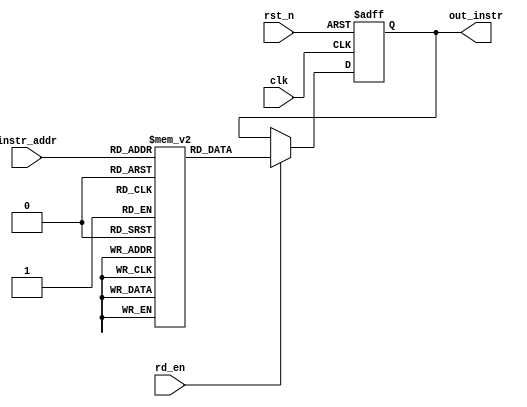
`timescale 1ns/1ps

module instr_mem
#
(	
	parameter ADDR_NUM = 128,
	parameter ADDR_WIDTH = $clog2(ADDR_NUM),
	parameter OUTPUT_WIDTH = 32
)
(
	input clk,
	input rst_n,
	input rd_en,
    input [ADDR_WIDTH-1:0] instr_addr,
    output [OUTPUT_WIDTH-1:0] out_instr
);

reg [OUTPUT_WIDTH-1:0] INSTR_MEM [ADDR_NUM:0];
reg [OUTPUT_WIDTH-1:0] out_mem;

assign out_instr = out_mem; 

always @(posedge clk or negedge rst_n)	begin
	if(!rst_n)	begin
		out_mem <= {(OUTPUT_WIDTH){1'b0}};
	end
	else if(rd_en)	begin
		out_mem <= INSTR_MEM[instr_addr];
	end
	else begin
		out_mem <= out_mem;
	end
end
//----------------------------------------------------------------
// Instruction Memory
//----------------------------------------------------------------
integer i;
initial begin
			INSTR_MEM[0] = 32'hE3A00000; 
			INSTR_MEM[1] = 32'hE1A0100F; 
			INSTR_MEM[2] = 32'hE0800001; 
			INSTR_MEM[3] = 32'hE2511001; 
			INSTR_MEM[4] = 32'h1AFFFFFC; 
			INSTR_MEM[5] = 32'hE59F01E8; 
			INSTR_MEM[6] = 32'hE58F57E0; 
			INSTR_MEM[7] = 32'hE59F57DC; 
			INSTR_MEM[8] = 32'hE59F21D8; 
			INSTR_MEM[9] = 32'hE5820000; 
			INSTR_MEM[10] = 32'hE5820004; 
			INSTR_MEM[11] = 32'hE0800001; 
			INSTR_MEM[12] = 32'hE2511001; 
			INSTR_MEM[13] = 32'h1AFFFFFC; 
			INSTR_MEM[14] = 32'hE59F01C4; 
			INSTR_MEM[15] = 32'hE58F57BC; 
			INSTR_MEM[16] = 32'hE59F57B8; 
			INSTR_MEM[17] = 32'hE59F21B4; 
			INSTR_MEM[18] = 32'hE5820000; 
			INSTR_MEM[19] = 32'hE5820004; 
			INSTR_MEM[20] = 32'hE0800001; 
			INSTR_MEM[21] = 32'hE2511001; 
			INSTR_MEM[22] = 32'h1AFFFFFC; 
			INSTR_MEM[23] = 32'hE59F01A0; 
			INSTR_MEM[24] = 32'hE58F5798; 
			INSTR_MEM[25] = 32'hE59F5794; 
			INSTR_MEM[26] = 32'hE59F2190; 
			INSTR_MEM[27] = 32'hE5820000; 
			INSTR_MEM[28] = 32'hE5820004; 
			INSTR_MEM[29] = 32'hE0800001; 
			INSTR_MEM[30] = 32'hE2511001; 
			INSTR_MEM[31] = 32'h1AFFFFFC; 
			INSTR_MEM[32] = 32'hE59F017C; 
			INSTR_MEM[33] = 32'hE58F5774; 
			INSTR_MEM[34] = 32'hE59F5770; 
			INSTR_MEM[35] = 32'hE59F216C; 
			INSTR_MEM[36] = 32'hE5820000; 
			INSTR_MEM[37] = 32'hE5820004; 
			INSTR_MEM[38] = 32'hE0800001; 
			INSTR_MEM[39] = 32'hE2511001; 
			INSTR_MEM[40] = 32'h1AFFFFFC; 
			INSTR_MEM[41] = 32'hE59F0158; 
			INSTR_MEM[42] = 32'hE58F5750; 
			INSTR_MEM[43] = 32'hE59F574C; 
			INSTR_MEM[44] = 32'hE59F2148; 
			INSTR_MEM[45] = 32'hE5820000; 
			INSTR_MEM[46] = 32'hE5820004; 
			INSTR_MEM[47] = 32'hEAFFFFFE; 
			for(i = 48; i < 128; i = i+1) begin 
				INSTR_MEM[i] = 32'h0; 
			end
end

endmodule